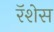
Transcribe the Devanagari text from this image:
रॅशेस